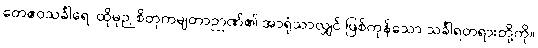
တေဧဝသင်္ခါရေ၊ ထိုမုဉှစိတုကမျတာဉာဏ်၏ အာရုံသာလျှင် ဖြစ်ကုန်သော သင်္ခါရတရားတို့ကို။